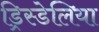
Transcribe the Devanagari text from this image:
ड्रिस्डेलिया